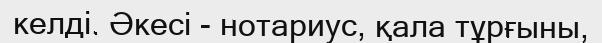
келді. Әкесі - нотариус, қала тұрғыны,